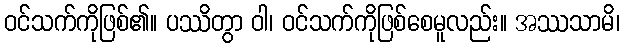
ဝင်သက်ကိုဖြစ်၏။ ပဿိတွာ ဝါ၊ ဝင်သက်ကိုဖြစ်စေမူလည်း။ အဿသာမိ၊